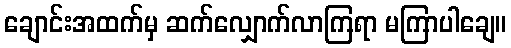
ချောင်းအထက်မှ ဆက်လျှောက်လာကြရာ မကြာပါချေ။